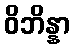
ဝိဘိန္နာ